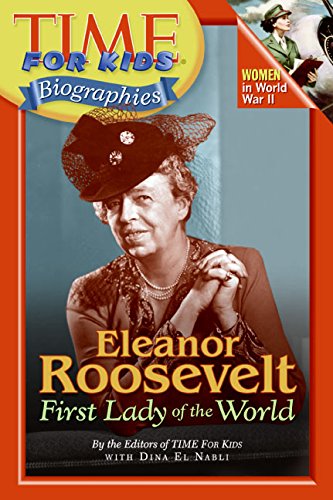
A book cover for Time For Kids: Eleanor Roosevelt: First Lady of the World (Time for Kids Biographies); Editors of TIME For Kids; Children's Books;